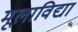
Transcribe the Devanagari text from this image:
मूलाविद्या